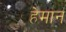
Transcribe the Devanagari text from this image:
हेमान